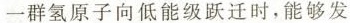
一群氢原子向低能级跃迁时，能够发